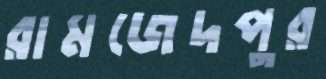
রামজেদপুর